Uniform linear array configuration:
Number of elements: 12
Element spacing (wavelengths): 0.25
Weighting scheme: uniform
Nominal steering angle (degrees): -15
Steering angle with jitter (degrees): -16.679
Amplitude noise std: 0.05
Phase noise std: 0.05

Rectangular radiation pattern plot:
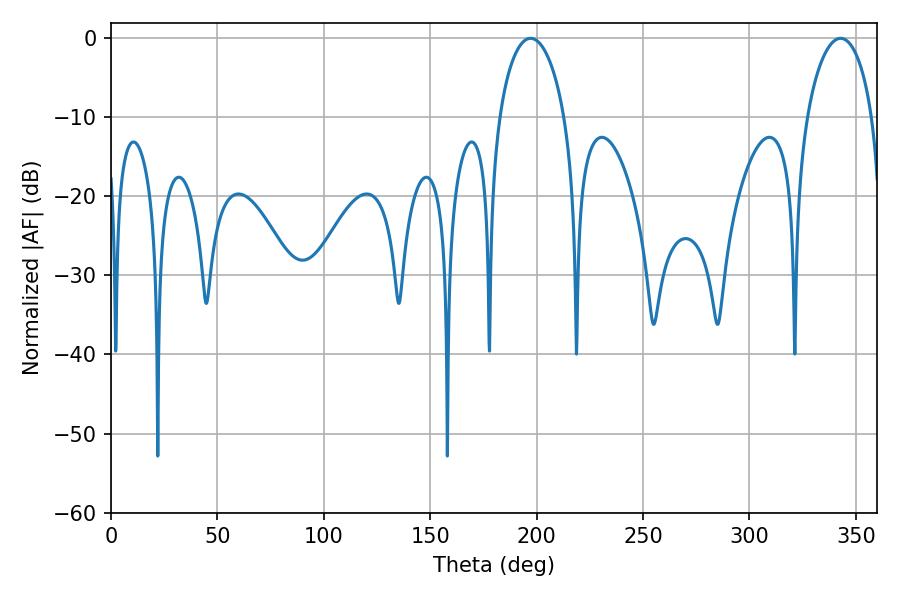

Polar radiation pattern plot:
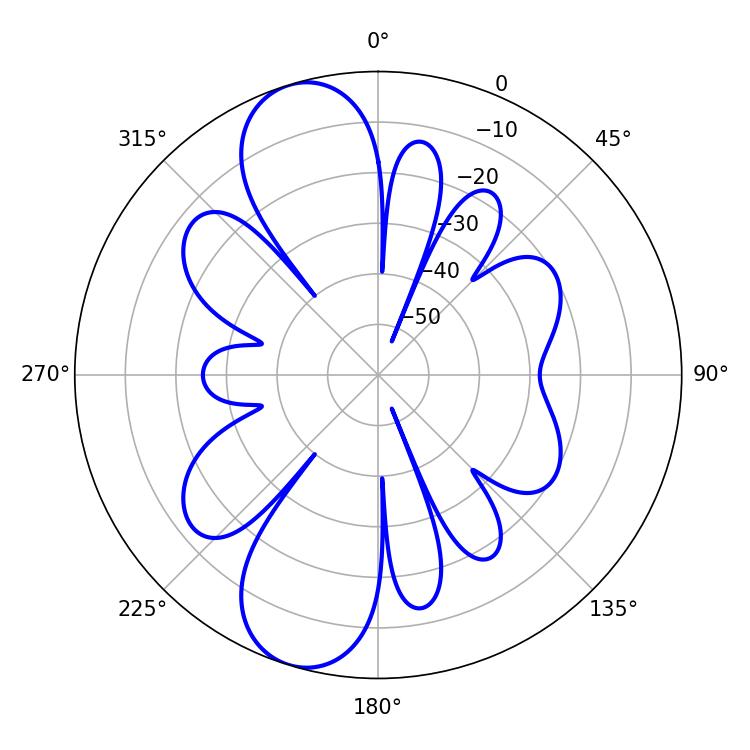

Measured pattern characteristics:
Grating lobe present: FALSE
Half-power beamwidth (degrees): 17.82
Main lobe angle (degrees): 197.1